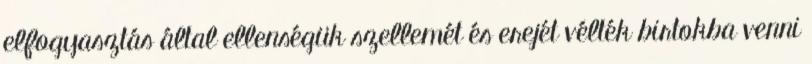
elfogyasztás által ellenségük szellemét és erejét vélték birtokba venni